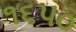
૧૬૫૦